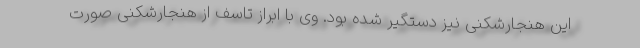
این هنجارشکنی نیز دستگیر شده بود. وی با ابراز تاسف از هنجارشکنی صورت